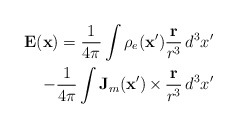
\begin{align*}\mathbf{E}(\mathbf{x}) =\frac{1}{4\pi}\int\rho_e(\mathbf{x}')\frac{\mathbf{r}}{r^3}\,d^3x'\\-\frac{1}{4\pi}\int\mathbf{J}_m (\mathbf{x}')\,{\bf\times}\,\frac{\mathbf{r}}{r^3}\,d^3x'\end{align*}